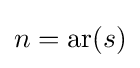
n=\operatorname {ar} (s)